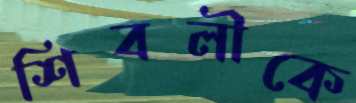
শিবলীকে